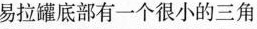
易拉罐底部有一个很小的三角